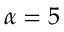
\alpha = 5